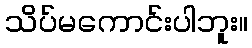
သိပ်မကောင်းပါဘူး။